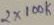
Text: 2X100K